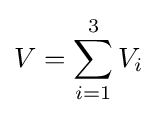
V=\sum _{i=1}^{3}V_{i}